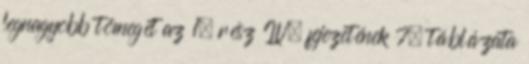
legnagyobb tömegét az 1. rész IV. fejezetének 7. táblázata